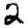
Digit: 2